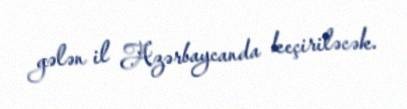
gələn il Azərbaycanda keçiriləcək.